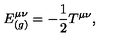
E _ { ( g ) } ^ { \mu \nu } = - \frac 1 2 T ^ { \mu \nu } ,